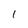
Character: 1